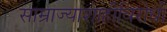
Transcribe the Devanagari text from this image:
साम्राज्याशाहीविरोधी